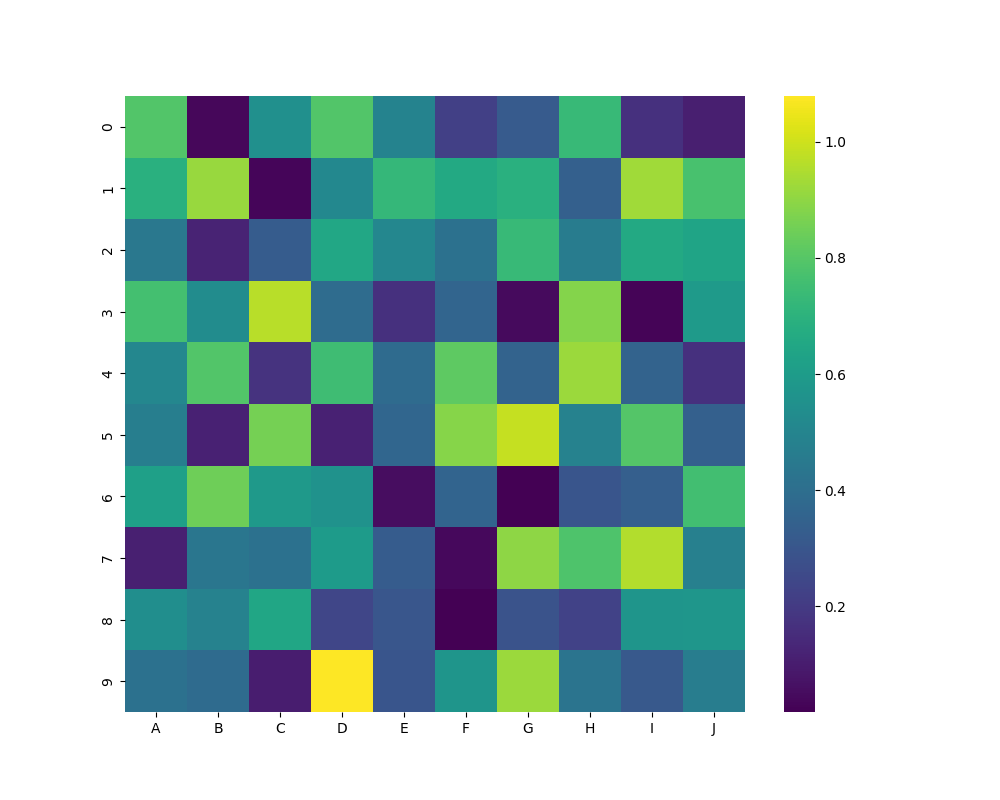
python, seaborn, heatmap, cmap='viridis', linewidths=0.0, center=none